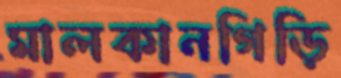
মালকানগিড়ি